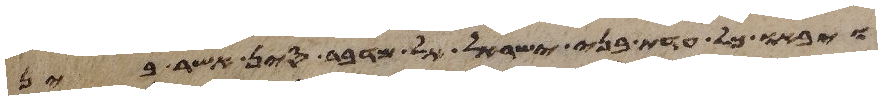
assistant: ויבאו כל עדת בני ישראל אל מדבר סין אשר בין